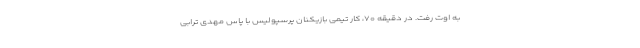
به اوت رفت. در دقیقه ۷۰، کار تیمی بازیکنان پرسپولیس با پاس مهدی ترابی